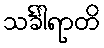
သင်္ခါရာတိ